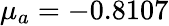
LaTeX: \mu_{a}=-0.8107